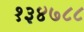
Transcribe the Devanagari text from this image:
१३४७८८